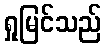
ရှုမြင်သည်